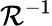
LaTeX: \mathcal{R}^{-1}